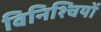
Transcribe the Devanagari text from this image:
विनिश्चियों